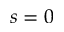
s = 0